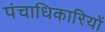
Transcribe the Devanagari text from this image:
पंचाधिकारियों